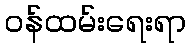
ဝန်ထမ်းရေးရာ